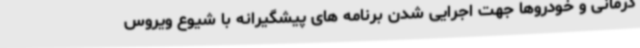
درمانی و خودروها جهت اجرایی شدن برنامه های پیشگیرانه با شیوع ویروس